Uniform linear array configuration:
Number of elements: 8
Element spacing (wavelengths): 0.75
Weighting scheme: uniform
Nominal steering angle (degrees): -45
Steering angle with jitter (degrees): -44.288
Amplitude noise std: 0.05
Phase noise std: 0.05

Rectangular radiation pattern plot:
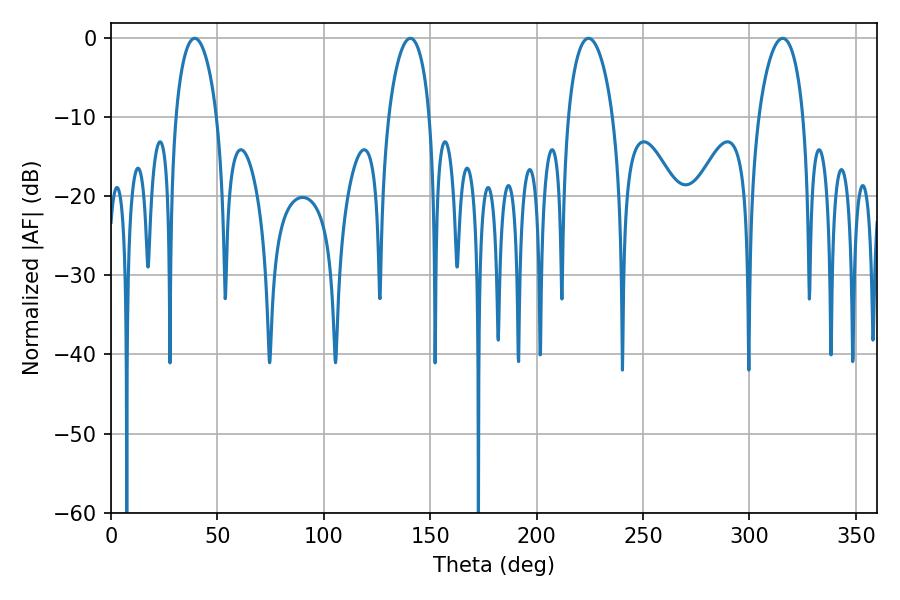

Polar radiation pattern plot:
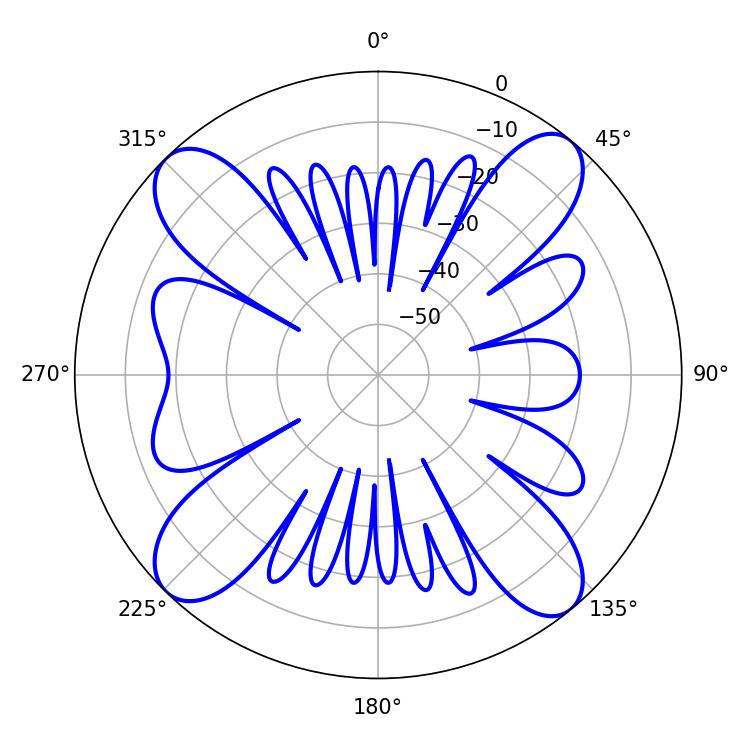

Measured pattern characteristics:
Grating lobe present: TRUE
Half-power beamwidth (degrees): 12.06
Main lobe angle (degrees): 224.46